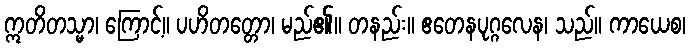
ဣတိတသ္မာ၊ ကြောင့်။ ပဟိတတ္တော၊ မည်၏။ တနည်း။ ဧတေနပုဂ္ဂလေန၊ သည်။ ကာယေစ၊